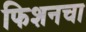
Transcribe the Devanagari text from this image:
फिशनचा